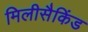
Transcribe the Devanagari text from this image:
मिलीसैकिंड